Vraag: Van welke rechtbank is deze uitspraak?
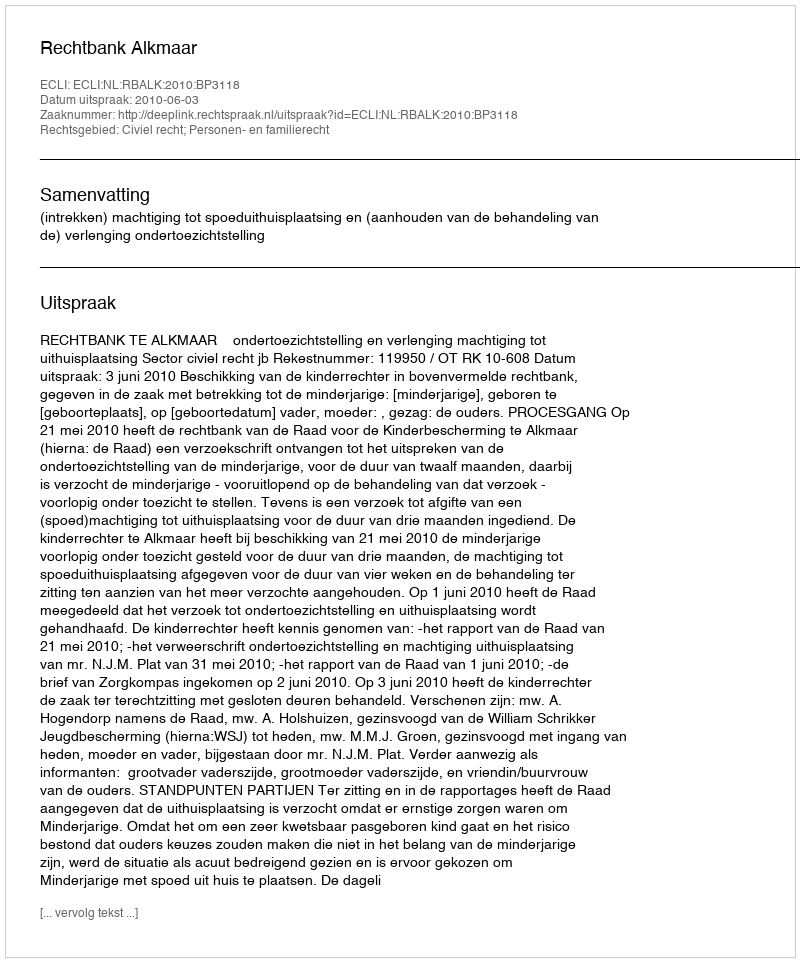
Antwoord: Rechtbank Alkmaar